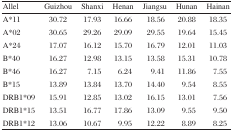
<table><thead><tr><td><b>Allel</b></td><td><b>Guizhou</b></td><td><b>Shanxi</b></td><td><b>Henan</b></td><td><b>Jiangsu</b></td><td><b>Hunan</b></td><td><b>Hainan</b></td></tr></thead><tbody><tr><td>A*11</td><td>30.72</td><td>17.93</td><td>16.66</td><td>18.56</td><td>20.88</td><td>18.35</td></tr><tr><td>A*02</td><td>30.65</td><td>29.26</td><td>29.09</td><td>29.55</td><td>19.64</td><td>15.45</td></tr><tr><td>A*24</td><td>17.07</td><td>16.12</td><td>15.70</td><td>16.79</td><td>12.01</td><td>11.03</td></tr><tr><td>B*40</td><td>16.27</td><td>12.98</td><td>13.15</td><td>13.58</td><td>15.31</td><td>10.78</td></tr><tr><td>B*46</td><td>16.27</td><td>7.15</td><td>6.24</td><td>9.41</td><td>11.86</td><td>7.55</td></tr><tr><td>B*15</td><td>13.89</td><td>13.84</td><td>13.70</td><td>14.40</td><td>9.54</td><td>8.55</td></tr><tr><td>DRB1*09</td><td>15.91</td><td>12.85</td><td>13.02</td><td>16.15</td><td>13.01</td><td>7.56</td></tr><tr><td>DRB1*15</td><td>13.51</td><td>16.77</td><td>17.86</td><td>13.09</td><td>9.55</td><td>9.50</td></tr><tr><td>DRB1*12</td><td>13.06</td><td>10.67</td><td>9.95</td><td>12.22</td><td>8.89</td><td>8.25</td></tr></tbody></table>